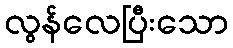
လွန်လေပြီးသော